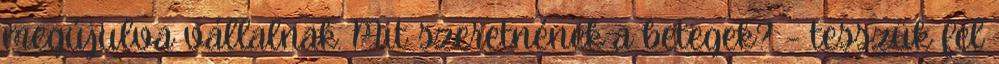
megújulva vállalnak. Mit szeretnének a betegek? – tesszük fel